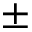
\pm